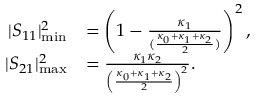
\begin{array} { r l } { | S _ { 1 1 } | _ { \mathrm { m i n } } ^ { 2 } } & { = \left( 1 - \frac { \kappa _ { 1 } } { ( \frac { \kappa _ { 0 } + \kappa _ { 1 } + \kappa _ { 2 } } { 2 } ) } \right) ^ { 2 } , } \\ { | S _ { 2 1 } | _ { \mathrm { m a x } } ^ { 2 } } & { = \frac { \kappa _ { 1 } \kappa _ { 2 } } { \left( \frac { \kappa _ { 0 } + \kappa _ { 1 } + \kappa _ { 2 } } { 2 } \right) ^ { 2 } } . } \end{array}